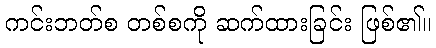
ကင်းဘတ်စ တစ်စကို ဆက်ထားခြင်း ဖြစ်၏။